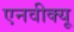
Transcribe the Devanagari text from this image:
एनवीक्यू